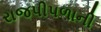
રાજપીપળાની